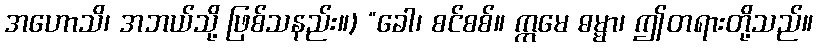
အဟောသိ၊ အဘယ်သို့ ဖြစ်သနည်း။) “ခေါ၊ စင်စစ်။ ဣမေ ဓမ္မာ၊ ဤတရားတို့သည်။